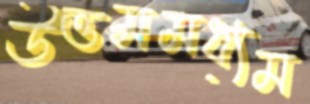
উত্তমমধ্যম